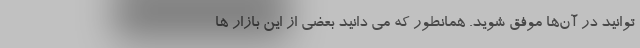
توانید در آن‌ها موفق شوید. همانطور که می دانید بعضی از این بازار ها